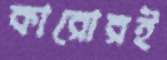
কারোরই